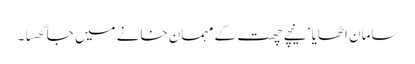
سامان اٹھایا ‘ نیچے چھت کے مہمان خانے میں جا گھسا ۔